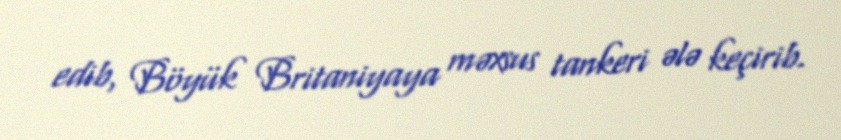
edib, Böyük Britaniyaya məxsus tankeri ələ keçirib.